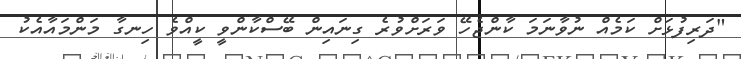
"ދަރިފުޅަށް ކަމެއް ނުވާނަމަ ކާންޖެހޭ ވަރަށްވުރެ ގިނައިން ބޭސްކާންވީ ކީއްވެ ހިނގާ މަންމައާއެކު